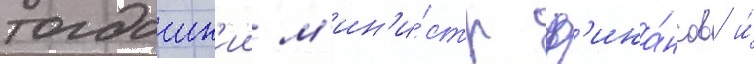
тогдашн'ии м'ин'и́стр ф'ина́нсов и́